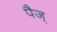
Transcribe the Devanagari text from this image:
पैज्